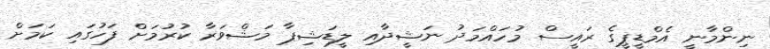
ނިންމާނީ އެމްޑީޕީގެ ރައީސް މުހައްމަދު ނަޝީދާއި ލީޑަޝިޕާ މަޝްވަރާ ކުރުމަށް ފަހުގައި ކަމަށް